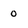
Character: 0